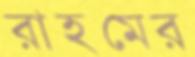
রাহমের